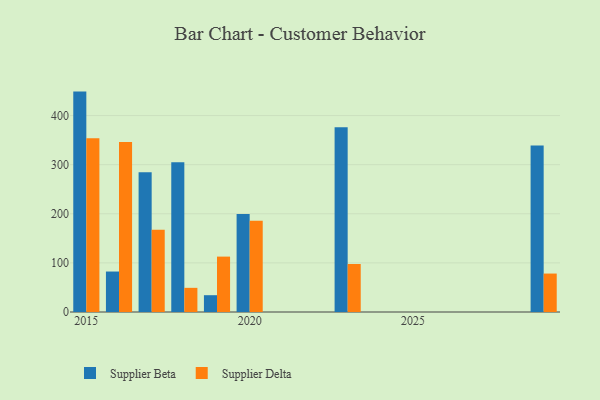
{"axis": {"x": "Year", "y": "Market Share (%)"}, "legend": ["Supplier Beta", "Supplier Delta"], "data": [{"x": "2018", "y": 304.9, "type": "Supplier Beta"}, {"x": "2018", "y": 49.2, "type": "Supplier Delta"}, {"x": "2017", "y": 284.5, "type": "Supplier Beta"}, {"x": "2017", "y": 167.3, "type": "Supplier Delta"}, {"x": "2029", "y": 339.0, "type": "Supplier Beta"}, {"x": "2029", "y": 78.3, "type": "Supplier Delta"}, {"x": "2023", "y": 376.2, "type": "Supplier Beta"}, {"x": "2023", "y": 97.8, "type": "Supplier Delta"}, {"x": "2019", "y": 34.2, "type": "Supplier Beta"}, {"x": "2019", "y": 112.8, "type": "Supplier Delta"}, {"x": "2020", "y": 199.8, "type": "Supplier Beta"}, {"x": "2020", "y": 185.6, "type": "Supplier Delta"}, {"x": "2016", "y": 82.4, "type": "Supplier Beta"}, {"x": "2016", "y": 346.4, "type": "Supplier Delta"}, {"x": "2015", "y": 448.8, "type": "Supplier Beta"}, {"x": "2015", "y": 353.6, "type": "Supplier Delta"}]}